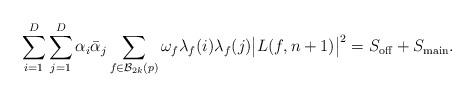
LaTeX: \begin{align*} \sum_{i=1}^D\sum_{j=1}^D \alpha _i \bar{\alpha} _j \sum_{f\in \mathcal{B}_{2k}(p)} \omega_f \lambda_f(i) \lambda_f(j)\big|L(f, n+1) \big|^2 =\large{S_{\mathrm{off}}+S_{\mathrm{main}}}.\end{align*}